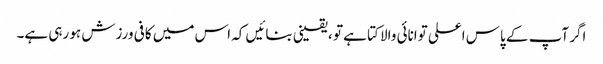
اگر آپ کے پاس اعلی توانائی والا کتا ہے تو ، یقینی بنائیں کہ اس میں کافی ورزش ہو رہی ہے۔